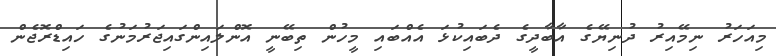
މިއަހަރު ނިމޭއިރު ދުނިޔޭގެ އާބާދީގެ ދެބައިކުޅަ އެއްބައި މީހުން ތިބޭނީ އޮންލައިންގައިޖަރުމަނުގެ ހައިޑްރޮޖެން